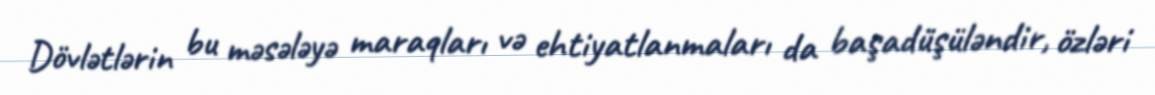
Dövlətlərin bu məsələyə maraqları və ehtiyatlanmaları da başadüşüləndir, özləri